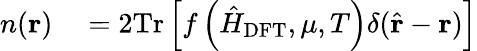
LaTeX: \begin{array}{rl}{n(\mathbf{r})}&{{}=2\mathrm{Tr}\left[f\left(\hat{H}_{\mathrm{DFT}},\mu,T\right)\delta(\hat{\mathbf{r}}-\mathbf{r})\right]}\end{array}